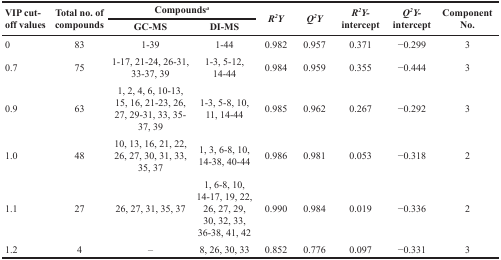
| <ROWSPAN=2> VIP cut-off values | <ROWSPAN=2> Total no. of compounds | <COLSPAN=2> Compoundsa | <ROWSPAN=2> R2Y | <ROWSPAN=2> Q2Y | <ROWSPAN=2> R2Y- intercept | <ROWSPAN=2> Q2Y- intercept | <ROWSPAN=2> Component No. |
 | GC-MS | DI-MS |
 | --- | --- | --- | --- | --- | --- | --- | --- | --- |
 | 0 | 83 | 1-39 | 1-44 | 0.982 | 0.957 | 0.371 | −0.299 | 3 |
 | 0.7 | 75 | 1-17, 21-24, 26-31, 33-37, 39 | 1-3, 5-12, 14-44 | 0.984 | 0.959 | 0.355 | −0.444 | 3 |
 | 0.9 | 63 | 1, 2, 4, 6, 10-13, 15, 16, 21-23, 26, 27, 29-31, 33, 35-37, 39 | 1-3, 5-8, 10, 11, 14-44 | 0.985 | 0.962 | 0.267 | −0.292 | 3 |
 | 1.0 | 48 | 10, 13, 16, 21, 22, 26, 27, 30, 31, 33, 35, 37 | 1, 3, 6-8, 10, 14-38, 40-44 | 0.986 | 0.981 | 0.053 | −0.318 | 2 |
 | 1.1 | 27 | 26, 27, 31, 35, 37 | 1, 6-8, 10, 14-17, 19, 22, 26, 27, 29, 30, 32, 33, 36-38, 41, 42 | 0.990 | 0.984 | 0.019 | −0.336 | 2 |
 | 1.2 | 4 | – | 8, 26, 30, 33 | 0.852 | 0.776 | 0.097 | −0.331 | 3 |